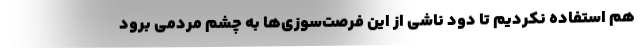
هم استفاده نكردیم تا دود ناشی از این فرصت‌سوزی‌ها به چشم مردمی برود